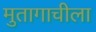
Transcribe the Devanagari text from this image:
मुतागाचीला